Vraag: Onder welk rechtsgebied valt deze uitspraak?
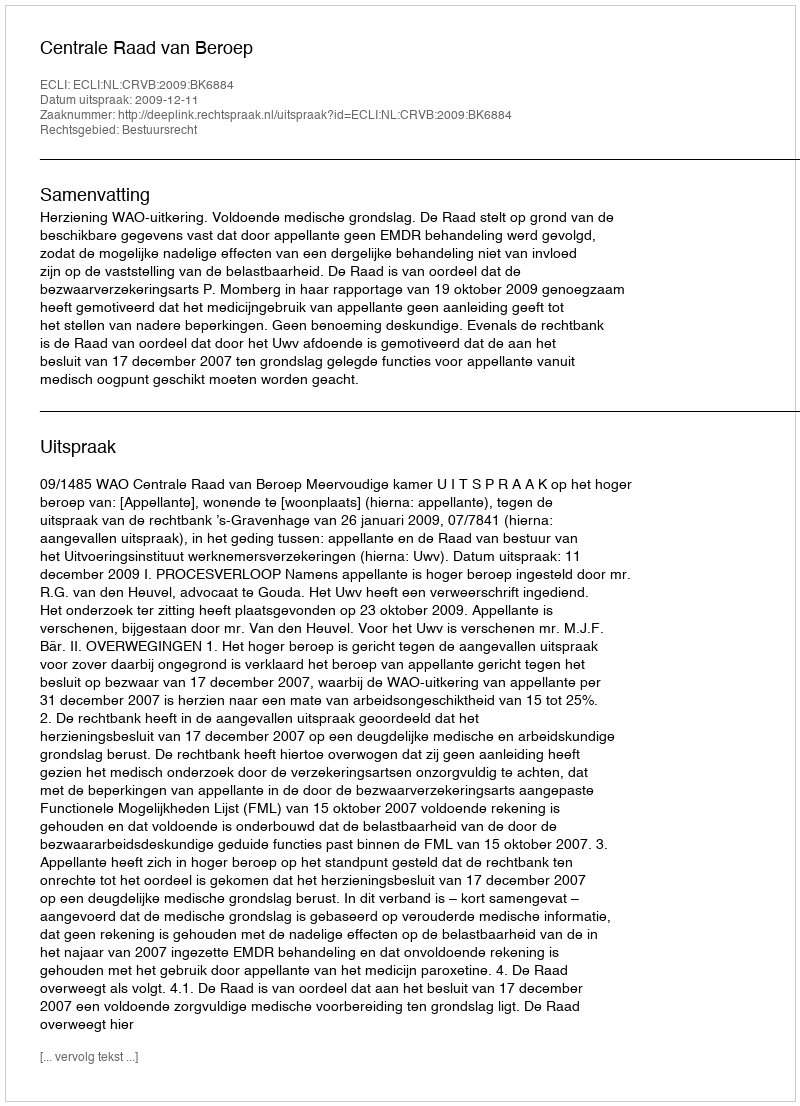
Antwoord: Bestuursrecht